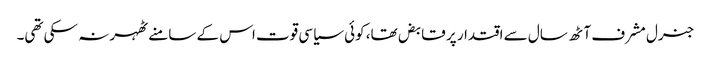
جنرل مشرف آٹھ سال سے اقتدار پر قابض تھا، کوئی سیاسی قوت اس کے سامنے ٹھہر نہ سکی تھی۔